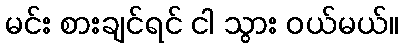
မင်း စားချင်ရင် ငါ သွား ဝယ်မယ်။